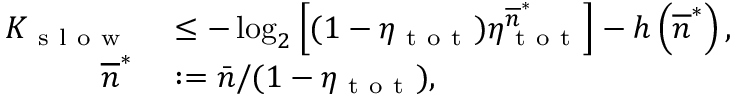
\begin{array} { r l } { K _ { \mathrm { ~ s ~ l ~ o ~ w ~ } } } & { { } \leq - \log _ { 2 } \left[ ( 1 - \eta _ { \mathrm { ~ t ~ o ~ t ~ } } ) \eta _ { \mathrm { ~ t ~ o ~ t ~ } } ^ { \overline { { n } } ^ { \ast } } \right] - h \left( \overline { { n } } ^ { \ast } \right) , } \\ { \overline { { n } } ^ { \ast } } & { { } : = \bar { n } / ( 1 - \eta _ { \mathrm { ~ t ~ o ~ t ~ } } ) , } \end{array}